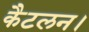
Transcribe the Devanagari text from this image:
कैटलन।